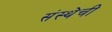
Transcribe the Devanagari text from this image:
संस्‍थेची